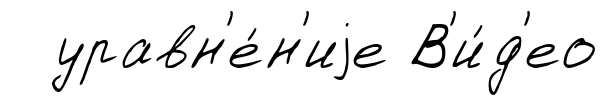
уравн'е́н'иjе В'и́д'ео